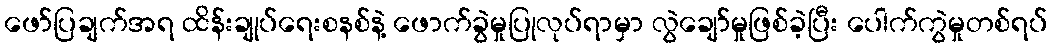
ဖော်ပြချက်အရ ထိန်းချုပ်ရေးစနစ်နဲ့ ဖောက်ခွဲမှုပြုလုပ်ရာမှာ လွဲချော်မှုဖြစ်ခဲ့ပြီး ပေါက်ကွဲမှုတစ်ရပ်